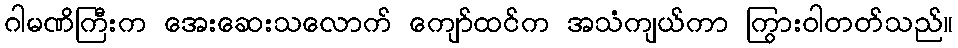
ဂါမဏိကြီးက အေးဆေးသလောက် ကျော်ထင်က အသံကျယ်ကာ ကြွားဝါတတ်သည်။